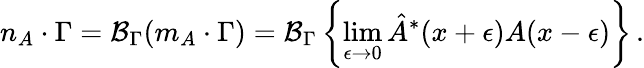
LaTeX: n_{A}\cdot\Gamma={\cal B}_{\Gamma}(m_{A}\cdot\Gamma)={\cal B}_{\Gamma}\left\{ \operatorname*{lim}_{\epsilon\to 0}{\hat{A}}^{*}(x+\epsilon)A(x-\epsilon)\right\} \, .